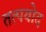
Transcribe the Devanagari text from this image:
तत्पयोद